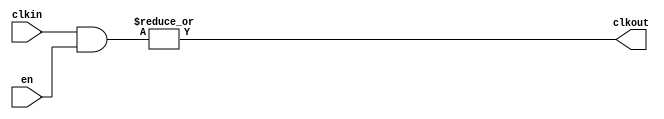
//#############################################################################
//# Function: Parametrized clock mux (N to 1)                                 #
//#############################################################################
//# Author:   Andreas Olofsson                                                #
//# License:  MIT (see LICENSE file in OH! repository)                        #
//#############################################################################

module oh_clockmux
  #(parameter N    = 2,        // number of clock inputs)
    parameter SYN  = "TRUE",   // synthesizable (or not)
    parameter TYPE = "DEFAULT" // implementation type
    )
   (
    input [N-1:0] en,    // one hot enable vector (needs to be stable!)
    input [N-1:0] clkin, // one hot clock inputs (only one is active!)
    output 	  clkout // clock output
    );

   generate
      if(SYN == "TRUE") begin
	 assign clkout = |(clkin[N-1:0] & en[N-1:0]);
      end
      else begin
	 asic_clockmux #(.TYPE(TYPE),
			 .N(N))
	 asic_clockmux(// Outputs
		       .clkout		(clkout),
		       // Inputs
		       .en		(en[N-1:0]),
		       .clkin		(clkin[N-1:0]));
      end
   endgenerate
endmodule